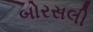
બોરસલી